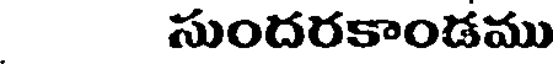
సుందరకాండము